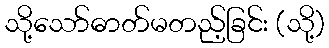
သို့သော်ဓာတ်မတည့်ခြင်း (သို့)